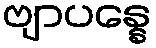
ဗျာပန္နေ